Mental hospitals Bombay report 1921-28 - 1921-1928
Year: 1921
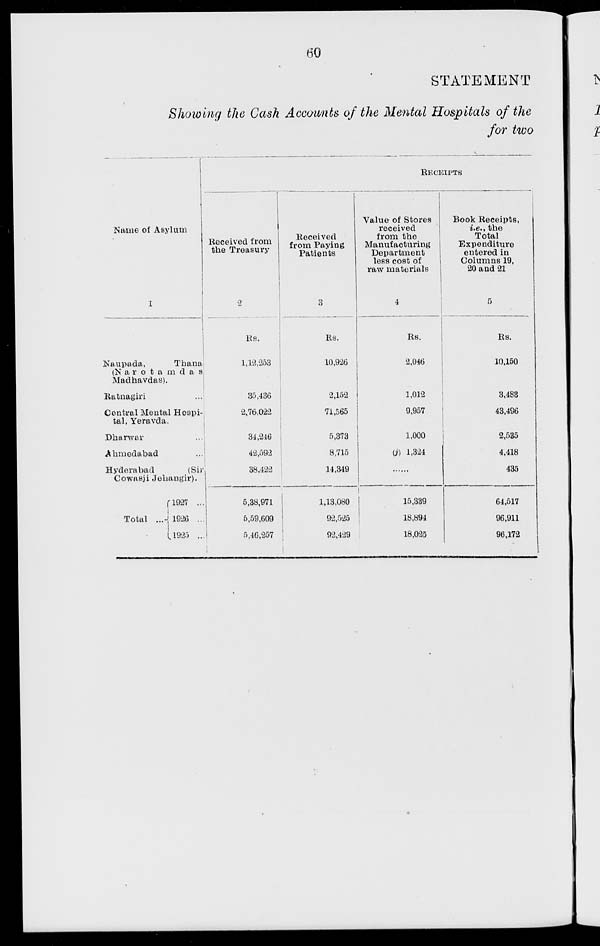
60
STATEMENT
Showing the Cash Accounts of the Mental Hospitals of the
for two
Name of Asylum
1
Naupada,
Thana
(Narotamdas
Madhavdas).
Ratnagiri ...
Central Mental Hospi-
tal, Yeravda.
Dharwar ...
Ahmedabad ...
Hyderabad
(Sir
Cowasji Jehangir).
Total ...
l927 ...
1926 ...
1925 ...
RECEIPTS
Received from
the Treasury
2
Rs.
1,12,253
35,436
2,76,022
31,246
42,592
38,422
5,38,971
5,59,609
5,46,257
Received
from Paying
Patients
3
Rs.
10,926
2,152
71,565
5,373
8,715
14,349
1,13,080
92,525
92,429
Value of Stores
received
from the
Manufacturing
Department
less cost of
raw materials
4
Rs.
2,046
1,012
9,957
1,000
(j) 1,324
...
15,339
18,894
18,025
Book Receipts,
i.e., the
Total
Expenditure
entered in
Columns 19,
20 and 21
5
Rs.
10,150
3,483
43,496
2,535
4,418
435
64,517
96,911
96,172